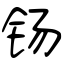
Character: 钖